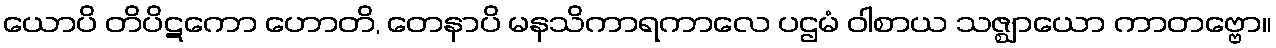
ယောပိ တိပိဋကော ဟောတိ, တေနာပိ မနသိကာရကာလေ ပဌမံ ဝါစာယ သဇ္ဈာယော ကာတဗ္ဗော။